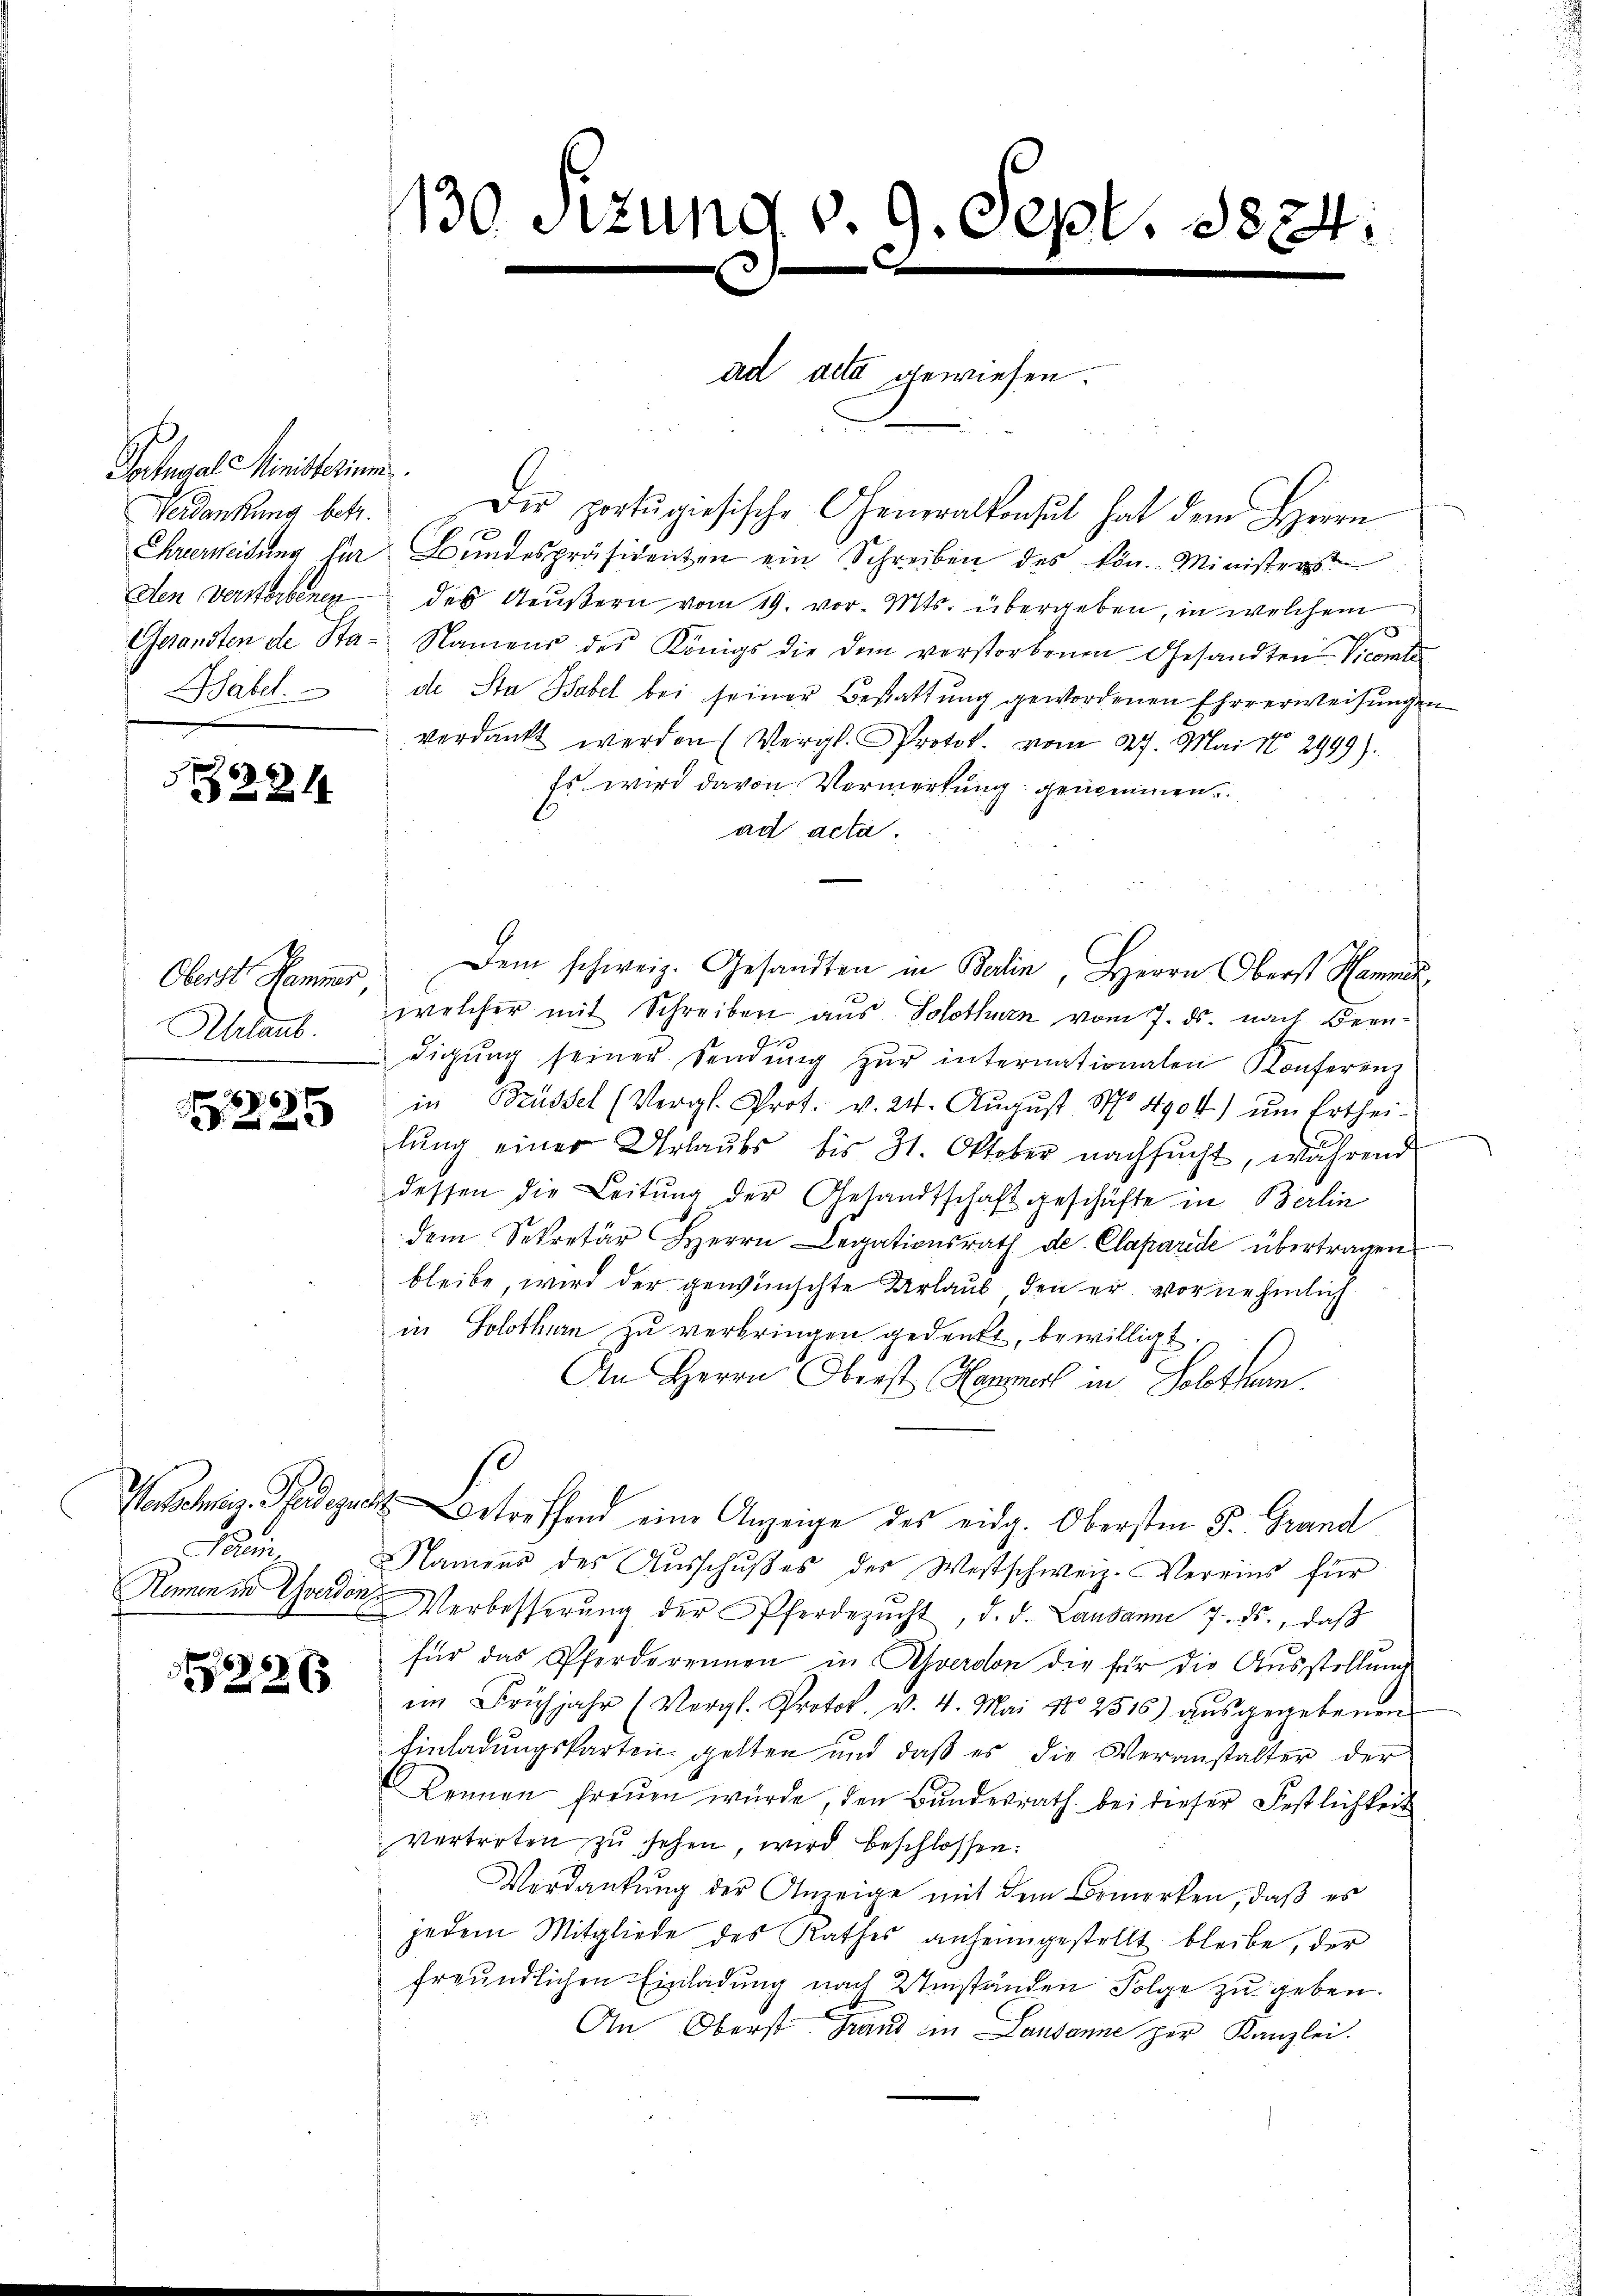
Pactugal Ministerium.
Verdankung betr.
den Verstorbenen

224

Oberst Hammer
Ahrlaub

869
2

La

286

130 Sezung v. 9. Sept. 1824.

ad acta gewiesen.

Die portŭgiesische Generalkonsul hat dem Herrn
Chrereitung für Bundespräsidenten ein Schreiben des kön. Ministerst
des Aeußern vom 19. vor. Mts. übergeben, in welchem
Gesandten de Sta- Namens des Königs die dem verstorbenen Gesandten Vicomt
Tabel. di Sta Babel bei seiner Bestattung gewordenen Ehrverweisungen
verdankt werden (Vergl. Protot. vom 27. Mai 18. 2999).
Es wird davon Vermerkung genommen
ad acta
Dem schweiz. Gesandten in Balin, Herrn Oberst Hammen
welcher mit Schreiben aus Solothurn vom 7. ds. nach Bern-
Gr
digŭng seiner Sendŭng zŭr internationalen Konferenz
in Brüssel (Vergl. Prot. v. 24. August No 4904) um Ertheilung einer Urlaubs bis 31. Oktober nachsucht, während
dessen die Leitung der Gesandtschaft geschäfte in Berlin
dem Sekretär Herrn Legationsrath de Claparide übertragen
bleibe, wird der gewünschte Urlaub, den er vornehmlich
in Solothurn zu verbringen gedenkt, bewilligt
An Herrn Oberst Hanno in Solthun.
Hch. Peetreffend eine Anzeige des eidg. Obersten Fr. Grand
Namens des Aŭsschŭβes der Westschweiz. Vereins für
Romen in Garden Verbesserŭng der Pferdezŭcht, d. d. Lausanne 7. ds., daβ
für das Pferderennen in Averson die für die Ausstellung
im Frühjahr (Vergl. Protok. v. 4. Mai No 2515) aŭsgegebenen
Einladungskarten gelten und daß es die Veranstalter der
kennen freuen würde, den Bundesrath bei dieser Festlichkeit
vertreten zŭ sehen, wird beschlossen:
Verdankung der Anzeige mit dem Bemerken, daß es
jedem Mitgliede des Rathes anheimgestellt bleibe, der
freundlichen Einladung nach 2 Umständen Folge zu geben.
An Oberst Grand im Lausanne her Kanzlei.